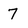
Character: 7